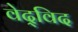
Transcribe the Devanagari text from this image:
वेद्‍विद